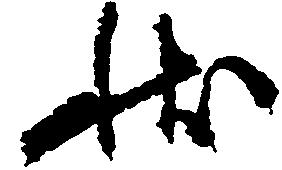
状